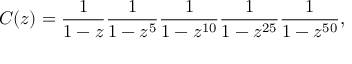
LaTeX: C ( z ) = { \frac { 1 } { 1 - z } } { \frac { 1 } { 1 - z ^ { 5 } } } { \frac { 1 } { 1 - z ^ { 1 0 } } } { \frac { 1 } { 1 - z ^ { 2 5 } } } { \frac { 1 } { 1 - z ^ { 5 0 } } } ,